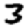
Digit: 3